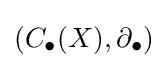
(C_{\bullet }(X),\partial _{\bullet })